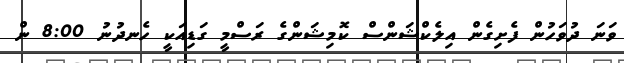
ވަނަ ދުވަހުން ފެށިގެން އިލެކްޝަންސް ކޮމިޝަންގެ ރަސްމީ ގަޑިއަކީ ހެނދުނު 8:00 ން